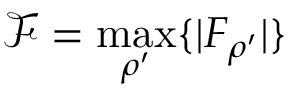
\mathcal { F } = \operatorname* { m a x } _ { \rho ^ { \prime } } \{ | F _ { \rho ^ { \prime } } | \}